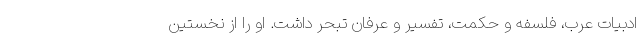
ادبیات عرب، فلسفه و حکمت، تفسیر و عرفان تبحر داشت. او را از نخستین